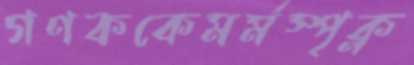
গণককেমর্মস্পৃক্‌ন